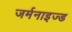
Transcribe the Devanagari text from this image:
जर्मनाइज्ड